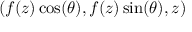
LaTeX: ( f ( z ) \cos ( \theta ) , f ( z ) \sin ( \theta ) , z )